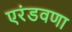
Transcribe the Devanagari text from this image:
एरंडवणा